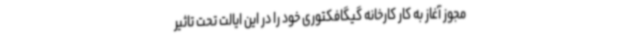
مجوز آغاز به کار کارخانه گیگافکتوری خود را در این ایالت تحت تاثیر